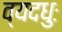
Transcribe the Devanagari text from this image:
व्यदधुः